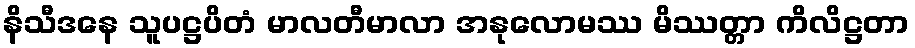
နိသီဒနေ သူပဋ္ဌပိတံ မာလတီမာလာ အနုလောမဿ မိဿတ္တာ ကိလိဋ္ဌတာ